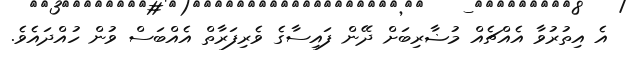
އެ އިތުރުވާ އެއްޗެއް މުޟާރިބަށް ދޭން ފައިސާގެ ވެރިފަރާތް އެއްބަސް ވުން ހުއްދައެވެ.